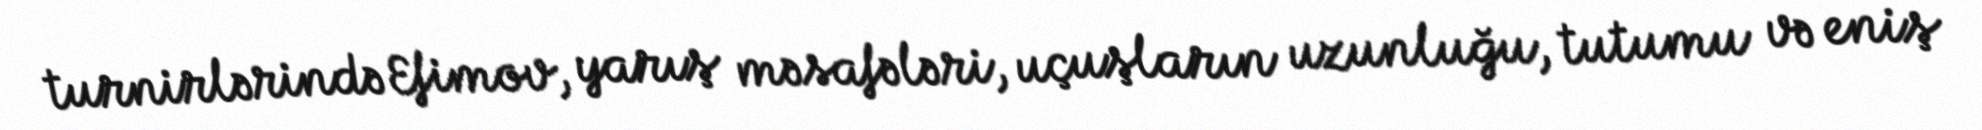
turnirlərində Efimov, yarış məsafələri, uçuşların uzunluğu, tutumu və eniş